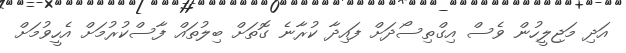
އަދި މަޖިލީހުން ވެސް އިގްތިސޯދަށް ފައިދާ ކުރާނެ ގޮތަށް ބިލުތައް ފާސްކުރުމަށް އެހީވުމަށް